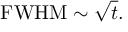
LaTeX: \mathrm { { F W H M } } \sim { \sqrt { t } } .